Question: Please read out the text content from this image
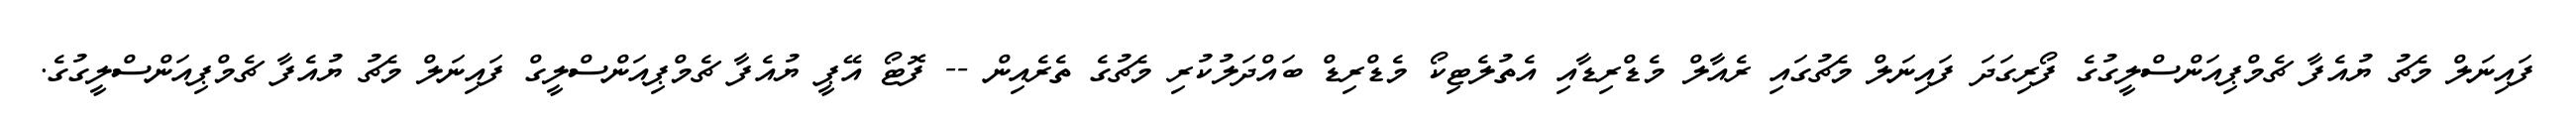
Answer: ފައިނަލް މެޗު ޔުއެފާ ޗެމްޕިއަންސްލީގުގެ ފޯރިގަދަ ފައިނަލް މެޗުގައި ރެއާލް މެޑްރިޑާއި އެތުލެޓިކޯ މެޑްރިޑް ބައްދަލުކުރި މެޗުގެ ތެރެއިން -- ފޮޓޯ އޭޕީ ޔުއެފާ ޗެމްޕިއަންސްލީގް ފައިނަލް މެޗު ޔުއެފާ ޗެމްޕިއަންސްލީގުގެ.